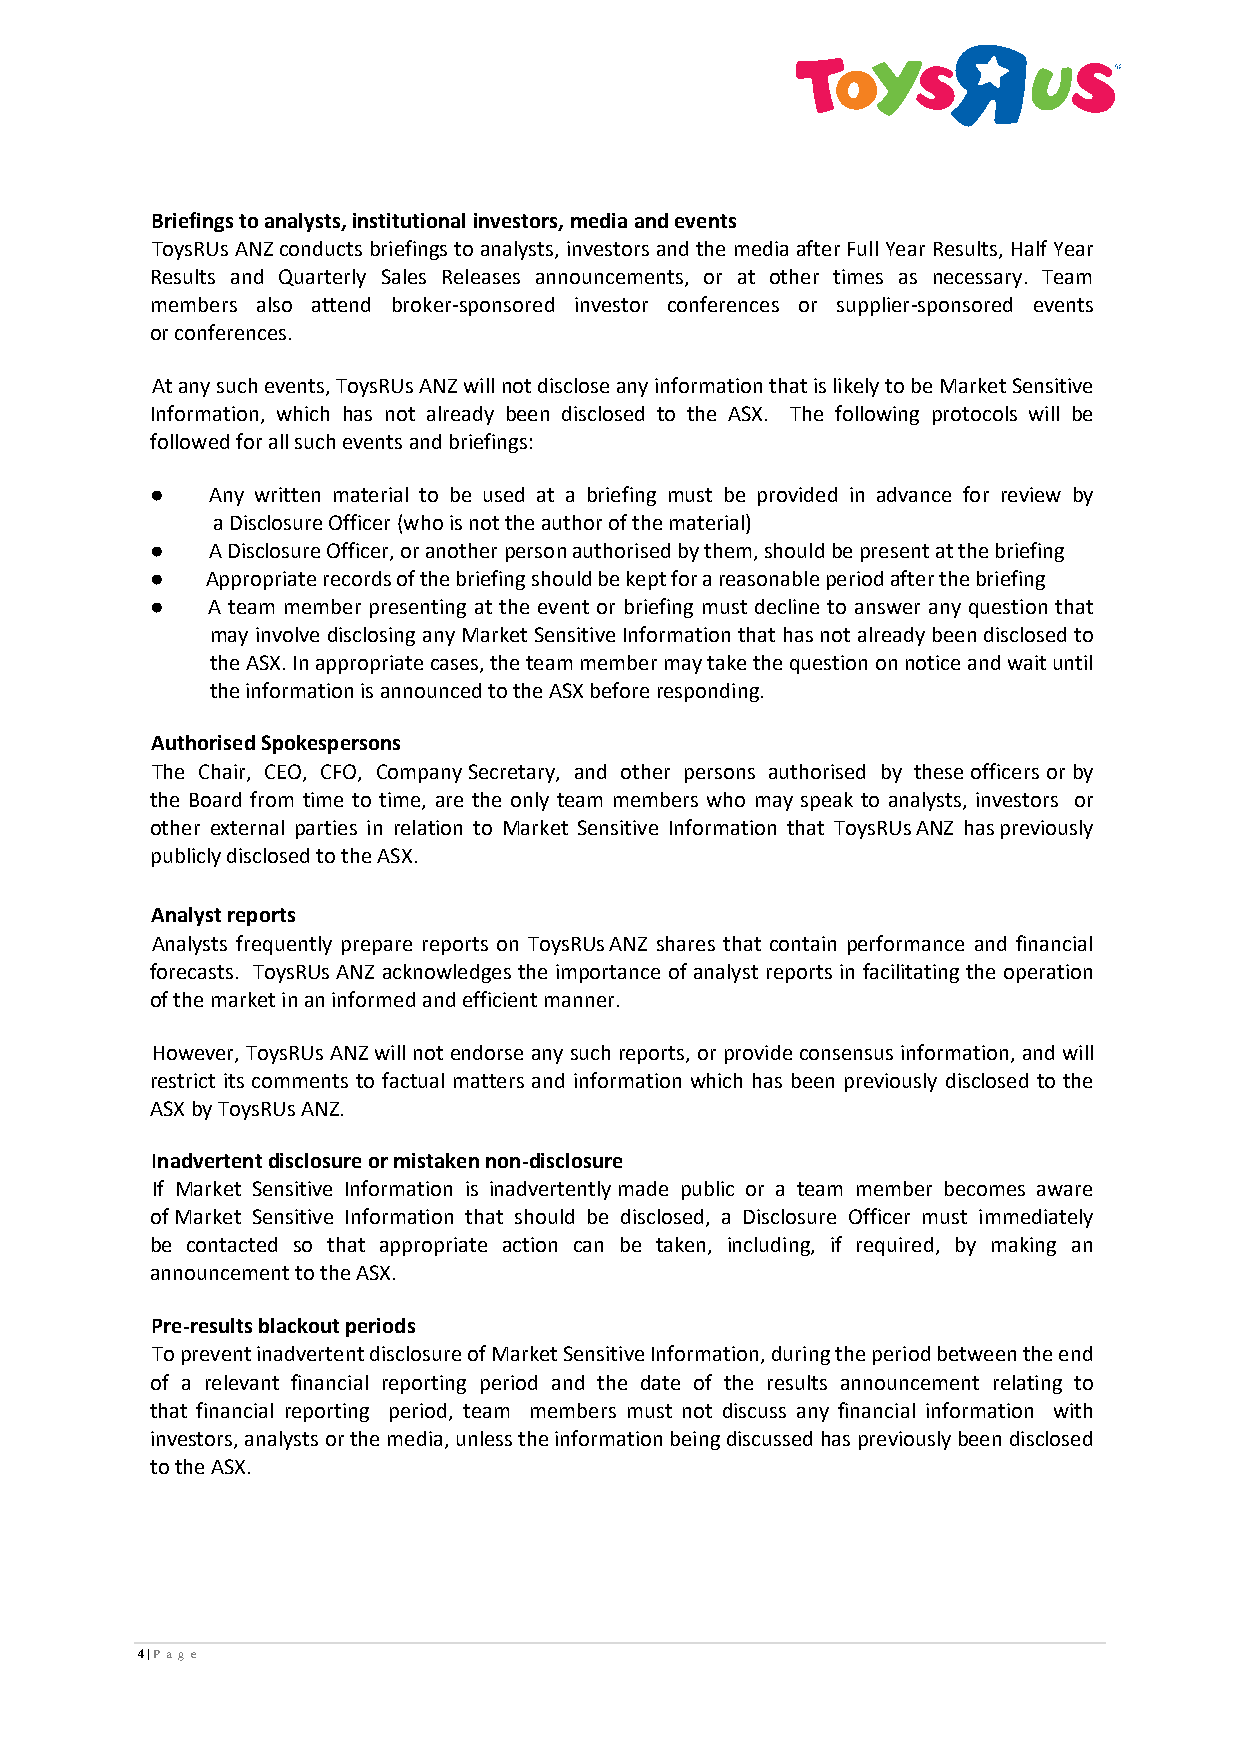
Briefings to analysts, institutional investors, media and events
 ToysRUs ANZ conducts briefings to analysts, investors and the media after Full Year Results, Half Year
 Results and Quarterly Sales Releases announcements, or at other times as necessary. Team
 members also attend broker-sponsored investor conferences or supplier-sponsored events
 or conferences.
 At any such events, ToysRUs ANZ will not disclose any information that is likely to be Market Sensitive
 Information, which has not already been disclosed to the ASX. The following protocols will be
 followed for all such events and briefings:
 ●   Any written material to be used at a briefing must be provided in advance for review by
 a Disclosure Officer (who is not the author of the material)
 ●   A Disclosure Officer, or another person authorised by them, should be present at the briefing
 ●   Appropriate records of the briefing should be kept for a reasonable period after the briefing
 ●   A team member presenting at the event or briefing must decline to answer any question that
 may involve disclosing any Market Sensitive Information that has not already been disclosed to
 the ASX. In appropriate cases, the team member may take the question on notice and wait until
 the information is announced to the ASX before responding.
 Authorised Spokespersons
 The Chair, CEO, CFO, Company Secretary, and other persons authorised by these officers or by
 the Board from time to time, are the only team members who may speak to analysts, investors or
 other external parties in relation to Market Sensitive Information that ToysRUs ANZ has previously
 publicly disclosed to the ASX.
 Analyst reports
 Analysts frequently prepare reports on ToysRUs ANZ shares that contain performance and financial
 forecasts. ToysRUs ANZ acknowledges the importance of analyst reports in facilitating the operation
 of the market in an informed and efficient manner.
 However, ToysRUs ANZ will not endorse any such reports, or provide consensus information, and will
 restrict its comments to factual matters and information which has been previously disclosed to the
 ASX by ToysRUs ANZ.
 Inadvertent disclosure or mistaken non-disclosure
 If Market Sensitive Information is inadvertently made public or a team member becomes aware
 of Market Sensitive Information that should be disclosed, a Disclosure Officer must immediately
 be contacted so that appropriate action can be taken, including, if required, by making an
 announcement to the ASX.
 Pre-results blackout periods
 To prevent inadvertent disclosure of Market Sensitive Information, during the period between the end
 of a relevant financial reporting period and the date of the results announcement relating to
 that financial reporting period, team members must not discuss any financial information with
 investors, analysts or the media, unless the information being discussed has previously been disclosed
 to the ASX.
 4 | P age